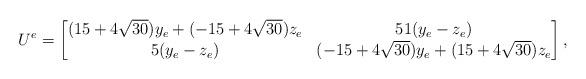
LaTeX: \begin{align*}U^e= \begin{bmatrix}(15+4\sqrt{30})y_e +(-15+4\sqrt{30})z_e& 51(y_e-z_e)\\5(y_e-z_e) & (-15+4\sqrt{30})y_e +(15+4\sqrt{30})z_e\end{bmatrix},\end{align*}